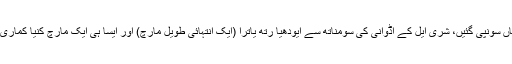
اس مدت کے دوران، شری مودی کو قومی سطح پر دو اہم ذمہ داریاں سونپی گئیں، شری ایل کے اڈوانی کی سومناتھ سے ایودھیا رتھ یاترا (ایک انتہائی طویل مارچ) اور ایسا ہی ایک مارچ کنیا کماری (ہندوستان کی سب سے جنوبی ریاست) سے شمال میں کشمیر تک۔